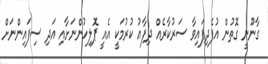
ގާނޫނީ ގޮތުން އުފެދިފައިވާ ސަރުކާރެއް ދިފާއު ކުުރުމަކީ އެއީ ޕޮލިހުންނަށާއި އަދި ސިފައިންނަށް